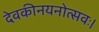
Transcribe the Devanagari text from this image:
देवकीनयनोत्सवः।